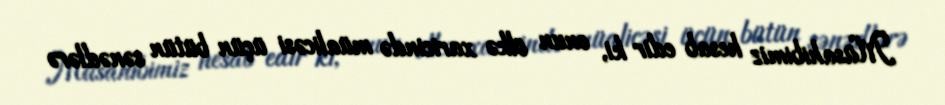
Müsahibimiz hesab edir ki, onun ölkə xaricində müalicəsi üçün bütün sənədlərə